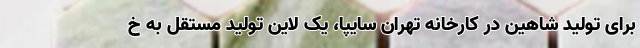
برای تولید شاهین در کارخانه تهران سایپا، یک لاین تولید مستقل به خ